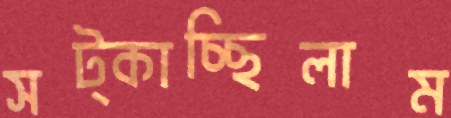
সট্‌কাচ্ছিলাম